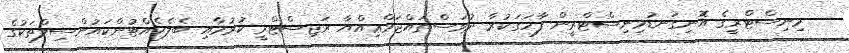
މިނިސްޓްރީގެ އޮނިގަނޑުމިނިސްޓްރީން ފާހަގަކުރާ ދުވަސްތައްޖަމްޢިއްޔާ ރަޖިސްޓްރީ ކުރުމާއި ބެލެހެއްޓުންކައުންސިލްތަކުގެ